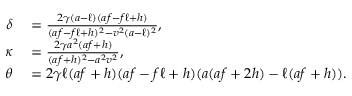
\begin{array} { r l } { \delta } & { { } = \frac { 2 \gamma ( a - \ell ) ( a f - f \ell + h ) } { ( a f - f \ell + h ) ^ { 2 } - v ^ { 2 } ( a - \ell ) ^ { 2 } } , } \\ { \kappa } & { { } = \frac { 2 \gamma a ^ { 2 } ( a f + h ) } { ( a f + h ) ^ { 2 } - a ^ { 2 } v ^ { 2 } } , } \\ { \theta } & { { } = 2 \gamma \ell ( a f + h ) ( a f - f \ell + h ) ( a ( a f + 2 h ) - \ell ( a f + h ) ) . } \end{array}